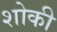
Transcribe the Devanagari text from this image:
शोकी